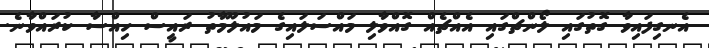
އެނގިފައިވާ ގޮތުގައި ލޯންޗްގައި އެއްޗެއް ގޮއްވާލި މައްސަލައިގެ މައުލޫމާތު ރައީސް ހިއްސާ ކުރައްވާނެ.